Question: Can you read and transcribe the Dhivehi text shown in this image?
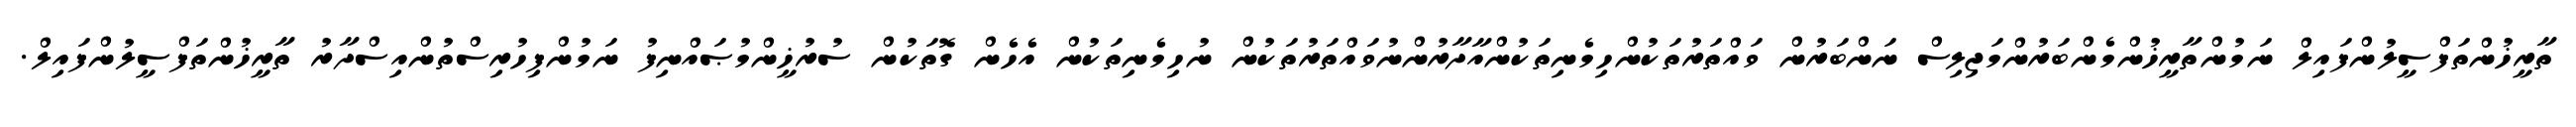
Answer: ތާރީޚުންތަފްސީލުންފައިލް ނަމުންތާރީޚުންމެންބަރުންމަޖިލިސް ނަންބަރުން ވައްތަރުތަކުންހިމެނިތަކުންއާދާރުންނުވައްތަރުތަކުން ނުހިމެނިތަކުން އެހެން ގޮތަކުން ސުރުޚީންމުޞައްނިފު ނަމުންފިހުރިސްތުންއިސްދާރު ތާރީޚުންތަފްސީލުންފައިލް.